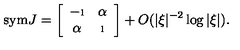
\mathrm { s y m } J = \left[ \begin{array} { c c } { - \i } & { \alpha } \\ { \alpha } & { \i } \\ \end{array} \right] + O ( | \xi | ^ { - 2 } \log | \xi | ) .